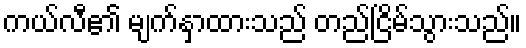
ကယ်လီ၏ မျက်နှာထားသည် တည်ငြိမ်သွားသည်။